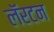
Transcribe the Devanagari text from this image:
लॅरटन